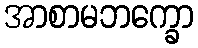
အာစာမဘက္ခော